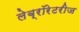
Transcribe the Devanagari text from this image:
लेब्रॉरेटरीज